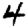
Digit: 4